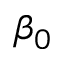
\beta _ { 0 }